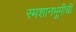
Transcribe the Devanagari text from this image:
स्मशानभूमीची